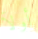
أولآ